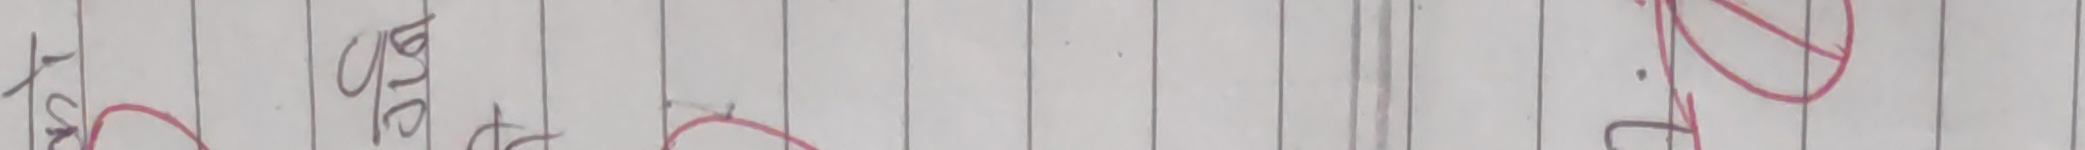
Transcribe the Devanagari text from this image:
ठिक